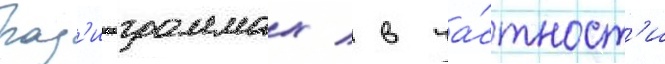
рад'иопрограммах / в ча́стност'и